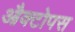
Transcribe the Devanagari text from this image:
औक्टोपस